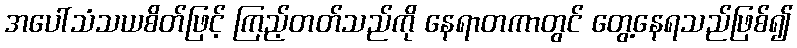
အပေါ်သံသယစိတ်ဖြင့် ကြည့်တတ်သည်ကို နေရာတကာတွင် တွေ့နေရသည်ဖြစ်၍